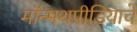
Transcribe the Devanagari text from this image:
मॉन्मथपीडियाचे